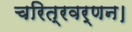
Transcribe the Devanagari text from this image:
चरित्रवर्णन।